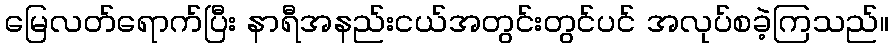
မြေလတ်ရောက်ပြီး နာရီအနည်းငယ်အတွင်းတွင်ပင် အလုပ်စခဲ့ကြသည်။